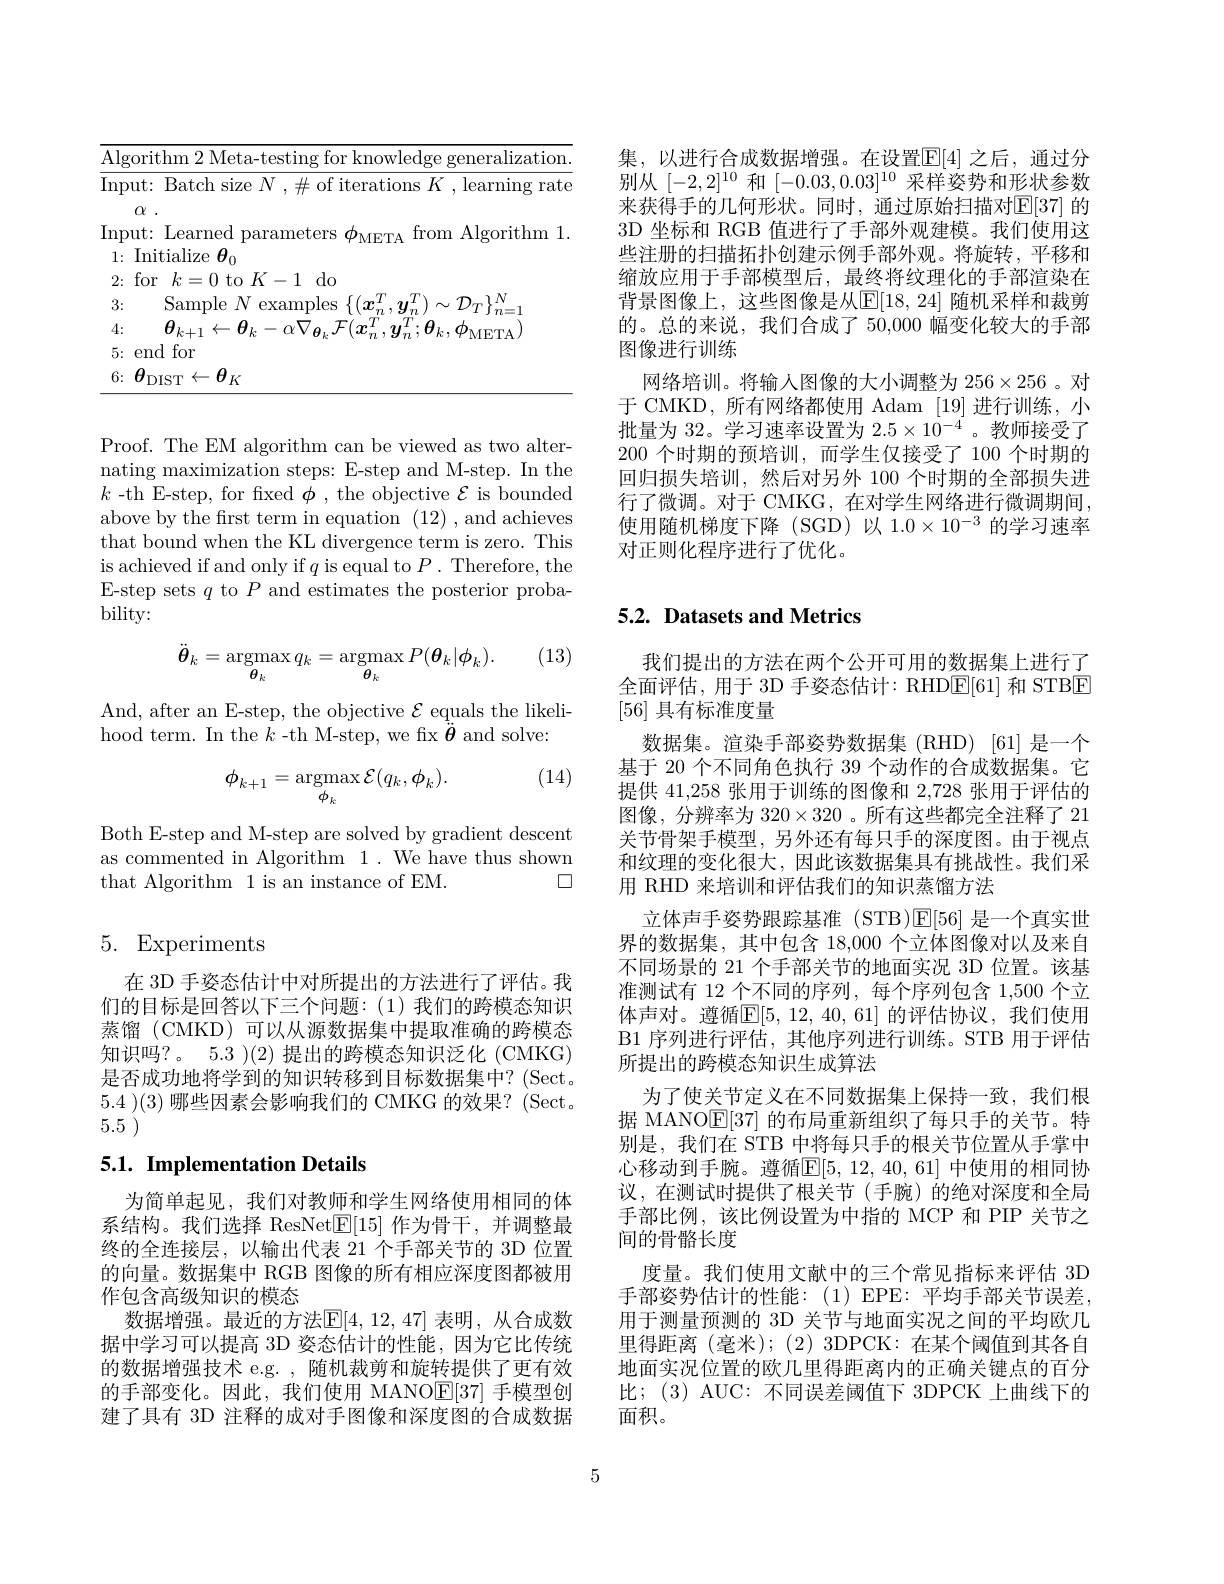
<table>
	<tbody>
		<tr>
			<td>12</td>
			<td>${\mathrm{alization}}$ $1th$</td>
		</tr>
		<tr>
			<td>$Ir$ - </td>
			<td>rate</td>
		</tr>
		<tr>
			<td> </td>
			<td>for$k=0$to$K-1$do</td>
		</tr>
		<tr>
			<td> </td>
			<td>Sample $\because N$ examnles</td>
		</tr>
		<tr>
			<td> </td>
			<td>H</td>
		</tr>
		<tr>
			<td> </td>
			<td>end for</td>
		</tr>
		<tr>
			<td> </td>
			<td>$\theta_{\mathrm{DIST}}$ $\leftarrow\boldsymbol{\theta}_K$</td>
		</tr>
	</tbody>
</table>

Proof. The EM algorithm can be viewed as two alternating maximization steps: E-step and M-step. In the $k$ -th E-step, for fixed $\phi$, the objective $\mathcal{E}$ is bounded above by the frst term in equation (1 that bound when the KL divergence term is zero. This is achieved if and only if $q$ is equal to $P.$ Therefore, the E-step sets $q$ to $P$ and estimates the posterior probability:

(13)
$$\ddot{\boldsymbol{\theta}}_{k}=\operatorname*{argmax}_{\boldsymbol{\theta}_{k}}q_{k}=\operatorname*{argmax}_{\boldsymbol{\theta}_{k}}P(\boldsymbol{\theta}_{k}|\phi_{k}).$$
And, after an E-step, the objective $\mathcal{E}$ equals the likeli-
hood term. In the $k$-th M-step, we fi

(14)
$$\phi_{k+1}=\mathop{\mathrm{argmax}}_{\phi_{k}}\mathcal{E}(q_{k},\phi_{k}).$$
Both E-step and M-step are solved by g as commented in Algorithm 1. We have thus shown that Algorithm 1 is an instance of EM.
$\square$

## 5. Experiments

在 3D 手姿态估计中对所提出的方法进行了评估。我们的目标是回答以下三个问题：(1)我们的跨模态知识蒸馏(CMKD)可以从源数据集中提取准确的跨模态知识吗？。5.3 )(2) 提出的跨模态知识泛化 (CMKG) 是否成功地将学到的知识转移到目标数据集中？(Sect. 5.4 )(3) 哪些因素会影响我们的 CMKG 的效果？(Sect. 5.5 )

## 5.1. Implementation Details

为简单起见，我们对教师和学生网络使用相同的体系结构。我们选择 ResNet$\mathbb{E}[15]$作为骨干，并调整最终的全连接层，以输出代表 21 个手部关节的 3D 位置的向量。数据集中 RGB 图像的所有相应深度图都被用作包含高级知识的模态
数据增强。最近的方法$\mathbb{E}[4,12,47]$ 表明，从合成数据中学习可以提高 3D 姿态估计的性能，因为它比传统的数据增强技术 e.g. , 随机裁剪和旋转提供了更有效的手部变化。因此，我们使用 MANO$\mathbb{E}[37]$手模型创建了具有 3D 注释的成对手图像和深度图的合成数据

集，以进行合成数据增强。在设置$\mathbb{E}[4]$ 之后，通过分别从$[-2,2]^{10}$和$[-0.03,0.03]^{10}$采样姿势和形状参数来获得手的几何形状。同时，通过原始扫描对$\mathbb{E}[37]$ 的3D 坐标和 RGB 值进行了手部外观建模。我们使用这些注册的扫描拓扑创建示例手部外观。将旋转，平移和缩放应用于手部模型后，最终将纹理化的手部渲染在背景图像上，这些图像是从$\mathbb{E}[18,24]$ 随机采样和裁剪的。总的来说，我们合成了 50,000 幅变化较大的手部图像进行训练
网络培训。将输入图像的大小调整为 256$\times256$ 。对于 CMKD, 所有网络都使用 Adam [19]进行训练，小批量为 32。学习速率设置为$2.5\times10^{-4}$ 。教师接受了200 个时期的预培训，而学生仅接受了 100 个时期的回归损失培训，然后对另外 100 个时期的全部损失进行了微调。对于 CMKG, 在对学生网络进行微调期间， 使用随机梯度下降 (SGD)以 1.0×10$^-3$的学习速率对正则化程序进行了优化。

## 5.2. Datasets and Metrics

我们提出的方法在两个公开可用的数据集上进行了全面评估，用于 3D 手姿态估计：RHD$\boxed{\mathrm{E}}[61]$和 STBE [56]具有标准度量
数据集。渲染手部姿势数据集(RHD)[61]是一个基于 20 个不同角色执行 39 个动作的合成数据集。它提供 41,258 张用于训练的图像和 2,728 张用于评估的图像，分辨率为$320\times320$ 。所有这些都完全注释了 21关节骨架手模型，另外还有每只手的深度图。由于视点和纹理的变化很大，因此该数据集具有挑战性。我们采用 RHD 来培训和评估我们的知识蒸馏方法
立体声手姿势跟踪基准 (STB)$\mathbb{E}[56]$是一个真实世界的数据集，其中包含 18,000 个立体图像对以及来自不同场景的 21 个手部关节的地面实况 3D 位置。该基准测试有 12 个不同的序列，每个序列包含 1,500 个立体声对。遵循$\mathbb{E}[5,12,40,61]$ 的评估协议，我们使用B1 序列进行评估，其他序列进行训练。STB 用于评估所提出的跨模态知识生成算法
为了使关节定义在不同数据集上保持一致，我们根据 MANO$\mathbb{E}[37]$的布局重新组织了每只手的关节。特别是，我们在 STB 中将每只手的根关节位置从手掌中心移动到手腕。遵循$\mathbb{E}[5,12,40,61]$ 中使用的相同协议，在测试时提供了根关节(手腕)的绝对深度和全局手部比例，该比例设置为中指的 MCP 和 PIP 关节之间的骨骼长度
度量。我们使用文献中的三个常见指标来评估 3D 手部姿势估计的性能：(1)EPE:平均手部关节误差， 用于测量预测的 3D 关节与地面实况之间的平均欧几里得距离(毫米);(2)3DPCK:在某个阈值到其各自地面实况位置的欧几里得距离内的正确关键点的百分比；(3) AUC: 不同误差阈值下 3DPCK 上曲线下的面积。

5